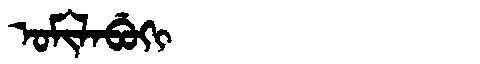
Manchu: ᠣᠮᡳᠯᠠᠪᡠᡴᡳ
Romanization: OMILABUKI